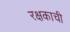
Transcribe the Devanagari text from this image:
रक्षकाची